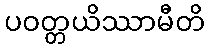
ပဝတ္တယိဿာမီတိ